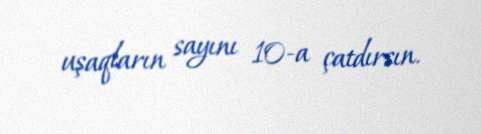
uşaqların sayını 10-a çatdırsın.